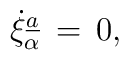
\dot\xi_{\alpha}\sp{\underline{a}}\,=\,0,